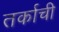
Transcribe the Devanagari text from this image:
तर्काची